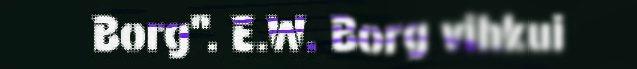
Borg". E.W. Borg vihkui